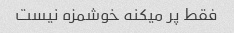
فقط پر میکنه خوشمزه نیست